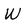
Character: W